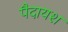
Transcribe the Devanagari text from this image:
पैदायश